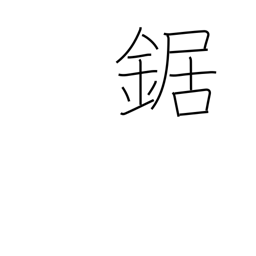
Meaning: saw (cuts wood)